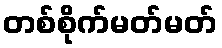
တစ်စိုက်မတ်မတ်